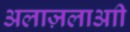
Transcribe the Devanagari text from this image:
अलाज़लाआी